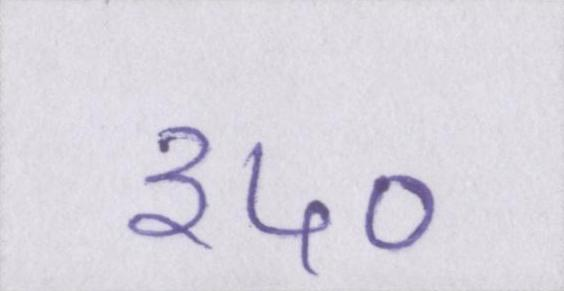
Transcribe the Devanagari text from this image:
३५०